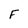
Character: F